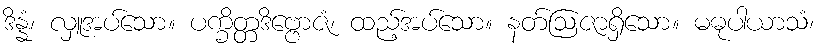
ဒိန္နံ၊ လှူအပ်သော။ ပက္ခိတ္တဒိဗ္ဗောဇံ၊ ထည့်အပ်သော။ နတ်ဩဇာရှိသော။ မဓုပါယာသံ၊